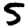
Digit: 5